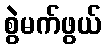
စွဲမက်ဖွယ်